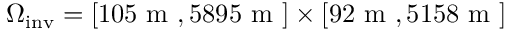
\Omega _ { \mathrm { i n v } } = [ 1 0 5 \mathrm { ~ m ~ } , 5 8 9 5 \mathrm { ~ m ~ } ] \times [ 9 2 \mathrm { ~ m ~ } , 5 1 5 8 \mathrm { ~ m ~ } ]